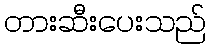
တားဆီးပေးသည်